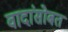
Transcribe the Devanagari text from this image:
वादांसोबत